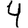
Digit: 4